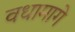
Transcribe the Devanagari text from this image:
वधामागे